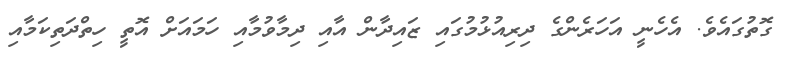
ގޮތުގައެވެ. އެހެނީ އަހަރެންގެ ދިރިއުޅުމުގައި ޒައިދާން އާއި ދިމާވުމާއި ހަމައަށް އޮތީ ހިތްދަތިކަމާއި